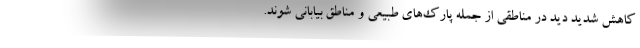
کاهش شدید دید در مناطقی از جمله پارک‌های طبیعی و مناطق بیابانی شوند.